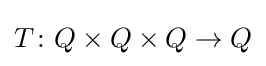
T\colon Q\times Q\times Q\to Q